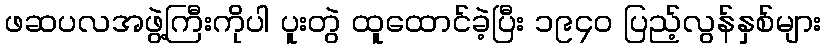
ဖဆပလအဖွဲ့ကြီးကိုပါ ပူးတွဲ ထူထောင်ခဲ့ပြီး ၁၉၄၀ ပြည့်လွန်နှစ်များ